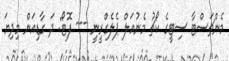
މެންޗަސްޓާ ސިޓީގެ ކޯޗު މެނުއަލް ޕެލެގްރީނީ --- ފޮޓޯ: ދަ ގާޑިއަން މިދިޔަ